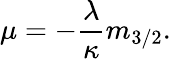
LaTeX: \mu=-\frac{\lambda}{\kappa}m_{3/2}.